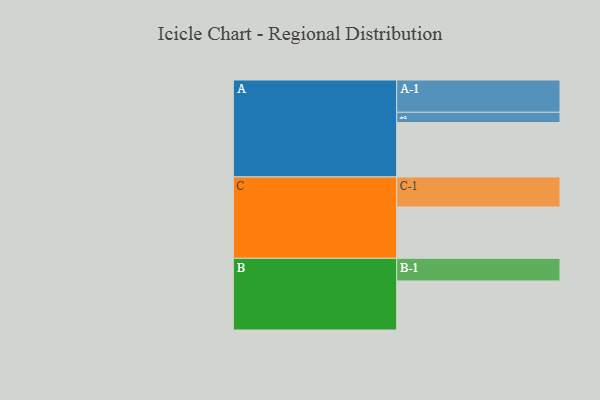
{"axis": {"x": "Segment", "y": "Value"}, "legend": ["", "A", "B", "C"], "data": [{"x": "A", "y": 366, "type": ""}, {"x": "B", "y": 330, "type": ""}, {"x": "C", "y": 345, "type": ""}, {"x": "A-1", "y": 217, "type": "A"}, {"x": "A-2", "y": 69, "type": "A"}, {"x": "B-1", "y": 152, "type": "B"}, {"x": "C-1", "y": 202, "type": "C"}]}